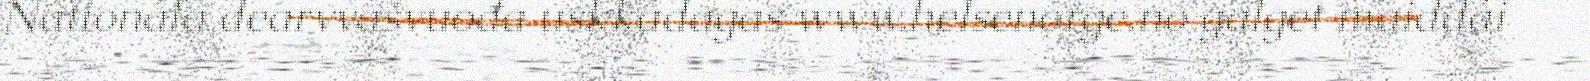
Nationála dearvvašvuođa uskkádagas www.helsenorge.no galget maiddái